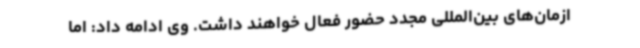
ازمان‌های بین‌المللی مجدد حضور فعال خواهند داشت. وی ادامه داد: اما